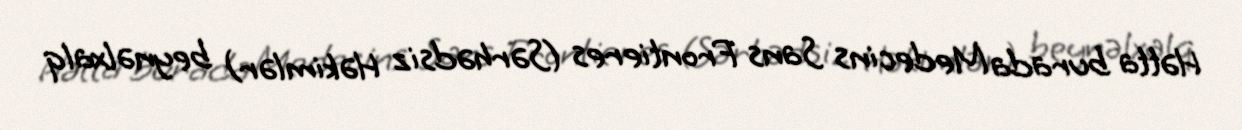
Hətta burada Medecins Sans Frontieres (Sərhədsiz Həkimlər) beynəlxalq